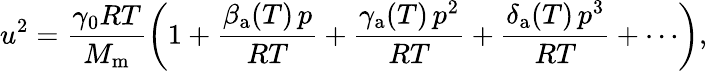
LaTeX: u^{2}=\frac{\gamma_{0}RT}{M_{\mathrm{m}}}\left(1+\frac{\beta_{\mathrm{a}}(T)\, p}{RT}+\frac{\gamma_{\mathrm{a}}(T)\, p^{2}}{RT}+\frac{\delta_{\mathrm{a}}(T)\, p^{3}}{RT}+\cdots\right),